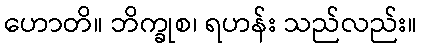
ဟောတိ။ ဘိက္ခုစ၊ ရဟန်း သည်လည်း။